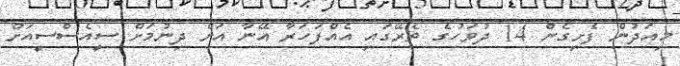
މިއަދުން ފެށިގެން 14 ދުވަހުގެ ތެރޭގައި އެއްފަހަރާ އޭނާ އަށް ދިނުމަށް ސީއެސްސީއަށް